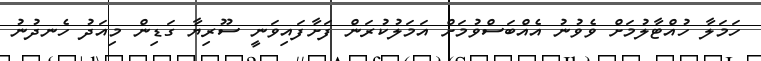
ހަމަލާ ހުއްޓާލުމަށް ވެވުނު އެއްބަސްވުމަށް އަމަލުކުރަން ފަށާފައިވަނީ ސޫރިޔާ ގަޑިން މިއަދު ހެނދުނު